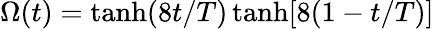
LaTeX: \Omega(t)=\operatorname{tanh}(8t/T)\operatorname{tanh}[8(1-t/T)]